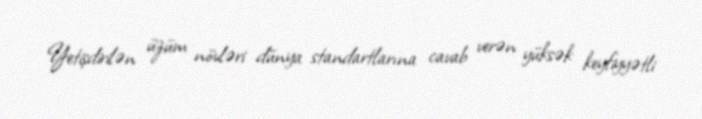
Yetişdirilən üzüm növləri dünya standartlarına cavab verən yüksək keyfiyyətli